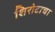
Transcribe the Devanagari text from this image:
शिरोटाचा